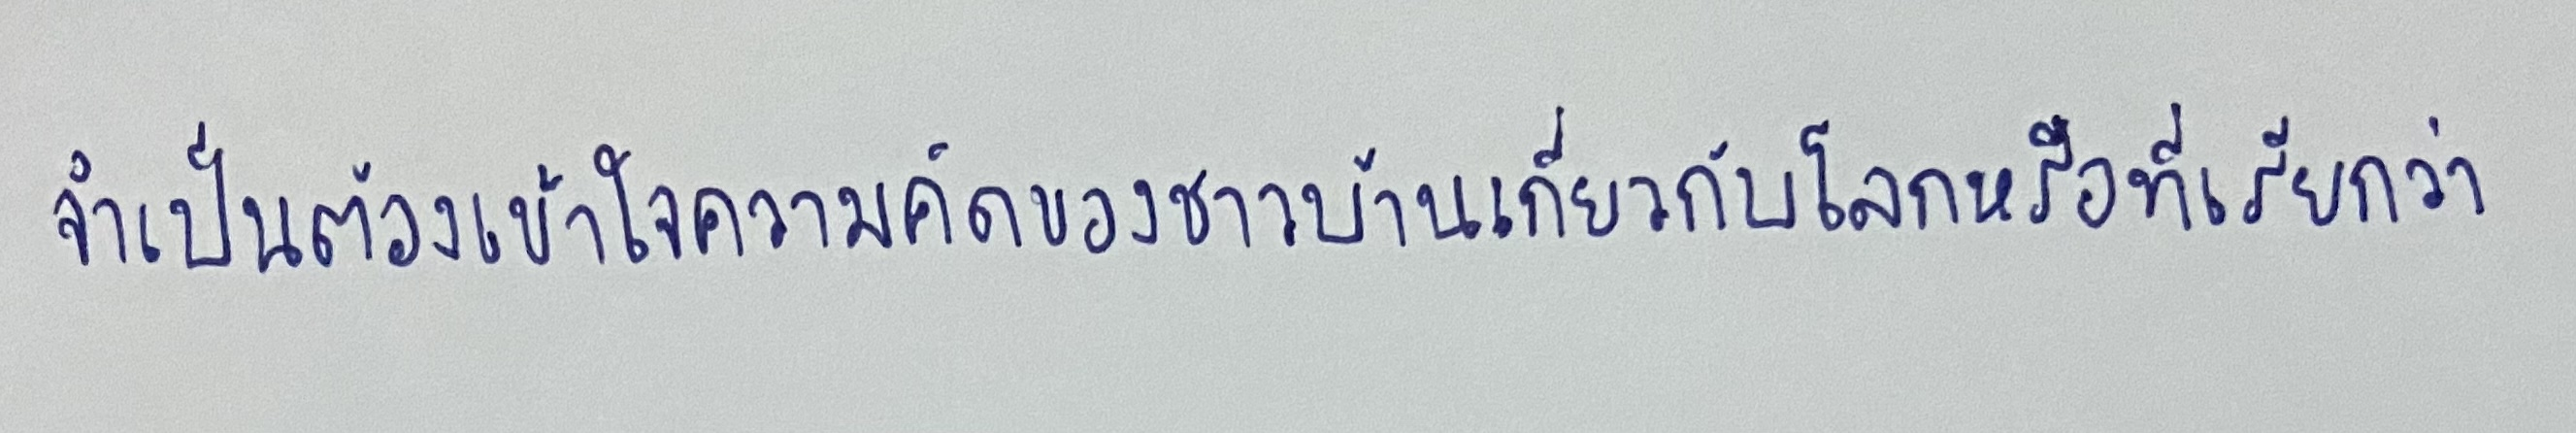
จำเป็นต้องเข้าใจความคิดของชาวบ้านเกี่ยวกับโลกหรือที่เรียกว่า